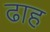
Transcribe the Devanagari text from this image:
ढाह